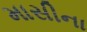
માસીના